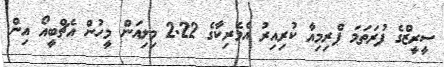
ސީރީޒްގެ ފުރަތަމަ ޕްރިމިއާ ކުރިއިރު އެމެރިކާގެ 2.22 މިލިއަން މީހުން އެޗްބީއޯ އިން